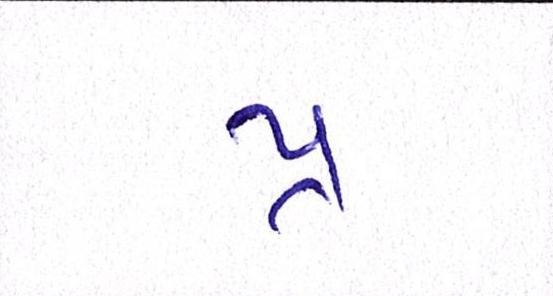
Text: પ્ર